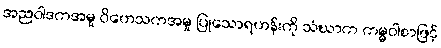
အညဝါဒကအမှု ဝိဟေသကအမှု ပြုသောရဟန်းကို သံဃာက ကမ္မဝါစာဖြင့်